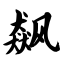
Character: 飙